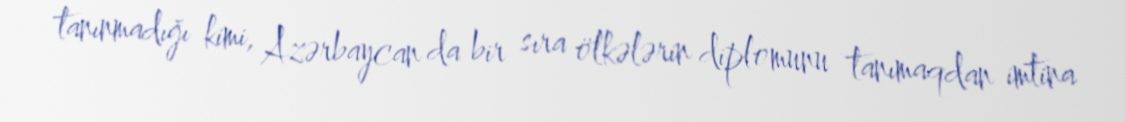
tanınmadığı kimi, Azərbaycan da bir sıra ölkələrin diplomunu tanımaqdan imtina